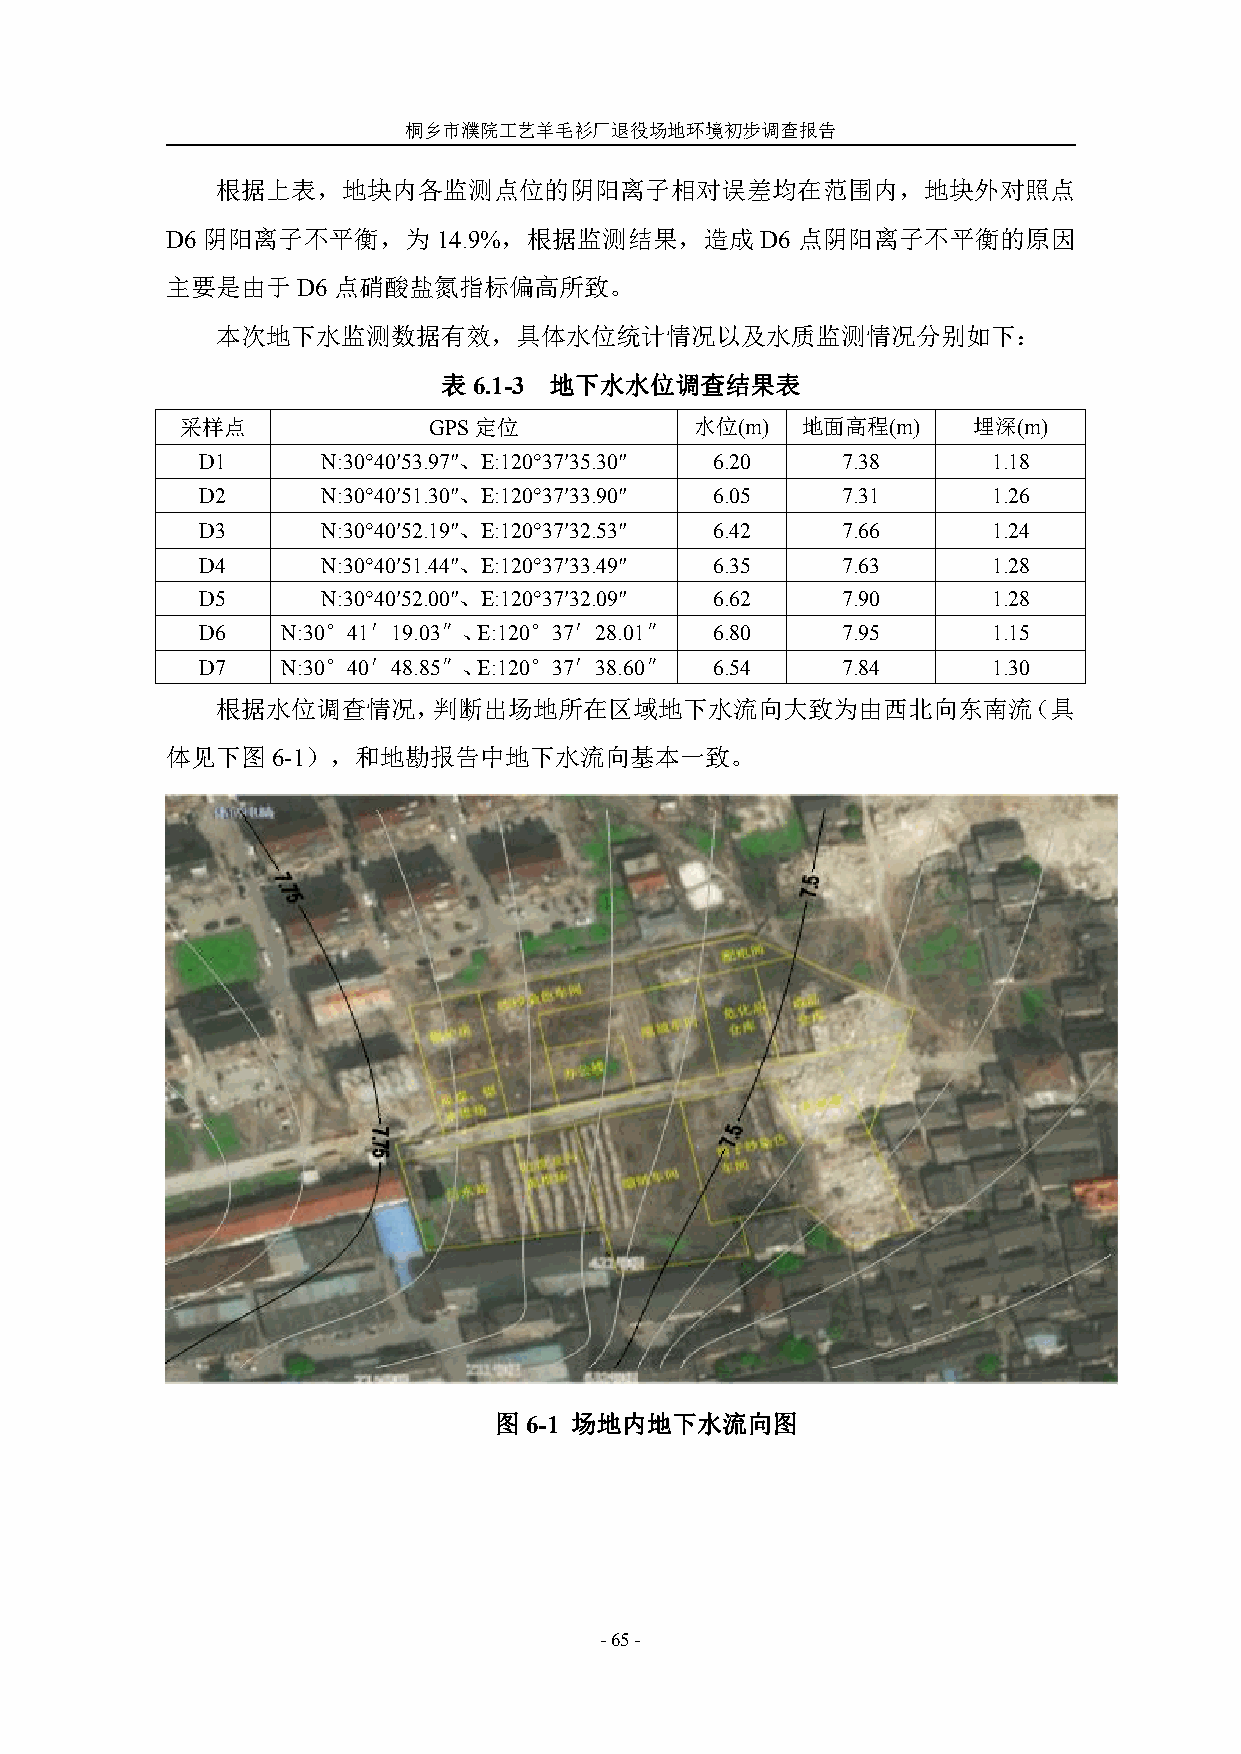
桐乡市濮院工艺羊毛衫厂退役场地环境初步调查报告
 根据上表，地块内各监测点位的阴阳离子相对误差均在范围内，地块外对照点
 D6 阴阳离子不平衡，为      14.9%，根据监测结果，造成      D6 点阴阳离子不平衡的原因
 主要是由于D6    点硝酸盐氮指标偏高所致。
 本次地下水监测数据有效，具体水位统计情况以及水质监测情况分别如下：
 表6.1-3 地下水水位调查结果表
 采样点             GPS定位             水位(m)  地面高程(m)    埋深(m)
 D1      N:30°40′53.97″、E:120°37′35.30″ 6.20 7.38     1.18
 D2      N:30°40′51.30″、E:120°37′33.90″ 6.05 7.31     1.26
 D3      N:30°40′52.19″、E:120°37′32.53″ 6.42 7.66     1.24
 D4      N:30°40′51.44″、E:120°37′33.49″ 6.35 7.63     1.28
 D5      N:30°40′52.00″、E:120°37′32.09″ 6.62 7.90     1.28
 D6    N:30°41′19.03″、E:120°37′28.01″ 6.80  7.95      1.15
 D7    N:30°40′48.85″、E:120°37′38.60″ 6.54  7.84      1.30
 根据水位调查情况，判断出场地所在区域地下水流向大致为由西北向东南流（具
 体见下图6-1），和地勘报告中地下水流向基本一致。
 图6-1 场地内地下水流向图
 -65-